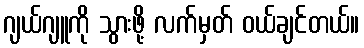
ဂျယ်ဂျူကို သွားဖို့ လက်မှတ် ဝယ်ချင်တယ်။